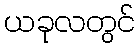
ယခုလတွင်